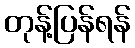
တုန့်ပြန်ရန်